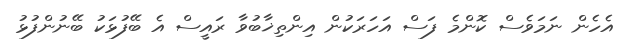
އެހެން ނަމަވެސް ކޮންމެ ފަސް އަހަރަކުން އިންތިޚާބުވާ ރައީސް އެ ބޭފުޅަކު ބޭނުންފުޅު